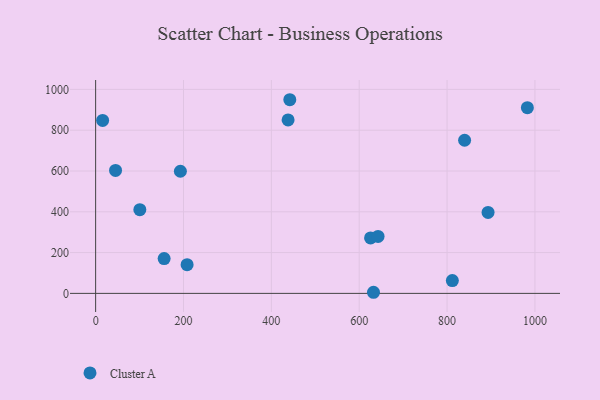
{"axis": {"x": "Study Hours", "y": "Yield"}, "legend": ["Cluster A"], "data": [{"x": "625.8", "y": 271.9, "type": "Cluster A"}, {"x": "839.9", "y": 750.8, "type": "Cluster A"}, {"x": "812.0", "y": 62.7, "type": "Cluster A"}, {"x": "982.8", "y": 910.2, "type": "Cluster A"}, {"x": "438.1", "y": 850.3, "type": "Cluster A"}, {"x": "45.3", "y": 602.9, "type": "Cluster A"}, {"x": "192.9", "y": 598.8, "type": "Cluster A"}, {"x": "893.3", "y": 396.9, "type": "Cluster A"}, {"x": "642.9", "y": 279.1, "type": "Cluster A"}, {"x": "208.2", "y": 140.7, "type": "Cluster A"}, {"x": "100.6", "y": 410.5, "type": "Cluster A"}, {"x": "155.9", "y": 170.4, "type": "Cluster A"}, {"x": "442.0", "y": 949.4, "type": "Cluster A"}, {"x": "632.5", "y": 5.4, "type": "Cluster A"}, {"x": "15.9", "y": 847.9, "type": "Cluster A"}]}